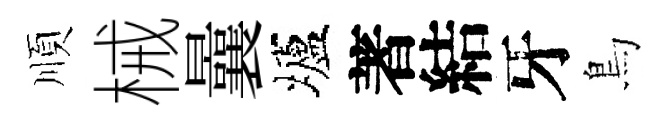
順械曩壚著結牙鳥